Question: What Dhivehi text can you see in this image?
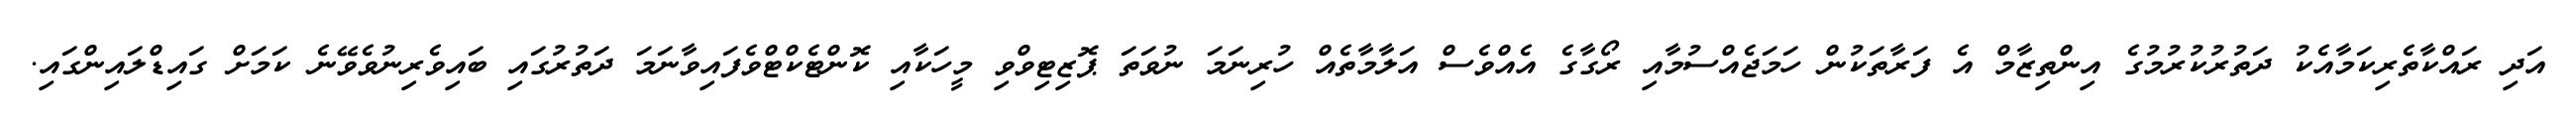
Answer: އަދި ރައްކާތެރިކަމާއެކު ދަތުރުކުރުމުގެ އިންތިޒާމް އެ ފަރާތަކުން ހަމަޖެއްސުމާއި ރޯގާގެ އެއްވެސް އަލާމާތެއް ހުރިނަމަ ނުވަތަ ޕޮޒިޓިވްވި މީހަކާއި ކޮންޓެކްޓްވެފައިވާނަމަ ދަތުރުގައި ބައިވެރިނުވެވޭނެ ކަމަށް ގައިޑްލައިންގައި.